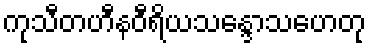
ကုသီတဟီနဝီရိယသန္ဒောသဟေတု